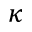
\kappa